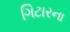
ગિટારના